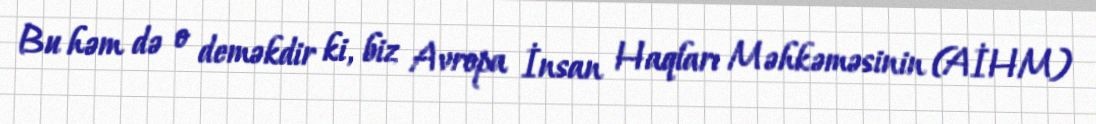
Bu həm də o deməkdir ki, biz Avropa İnsan Haqları Məhkəməsinin (AİHM)